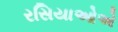
રસિયાઓએ